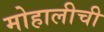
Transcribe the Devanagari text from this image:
मोहालीची